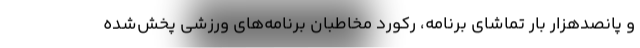
و پانصدهزار بار تماشای برنامه، رکورد مخاطبان برنامه‌های ورزشی پخش‌شده